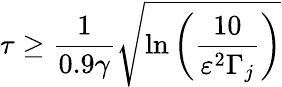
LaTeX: \tau\geq\frac{1}{0.9\gamma}\sqrt{\ln\left(\frac{10}{\varepsilon^{2}\Gamma_{j}}\right)}